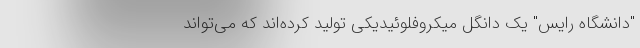
"دانشگاه رایس" یک دانگل میکروفلوئیدیکی تولید کرده‌اند که می‌تواند